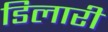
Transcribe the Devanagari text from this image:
डिलारी